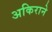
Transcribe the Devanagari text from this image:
अकिराने